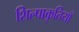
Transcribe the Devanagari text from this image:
शिल्पाकृतियाँ